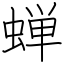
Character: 蝉